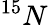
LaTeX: ^{15}N